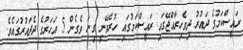
ރައީސްކަމުގެ ދައުރު ދިވެހިރާއްޖޭގައި ރައީސްކަމުގައި ހުރެވޭނީ ގިނަ ވެގެން 5 އަހަރުގެ ދެދައުރުގައެވެ.